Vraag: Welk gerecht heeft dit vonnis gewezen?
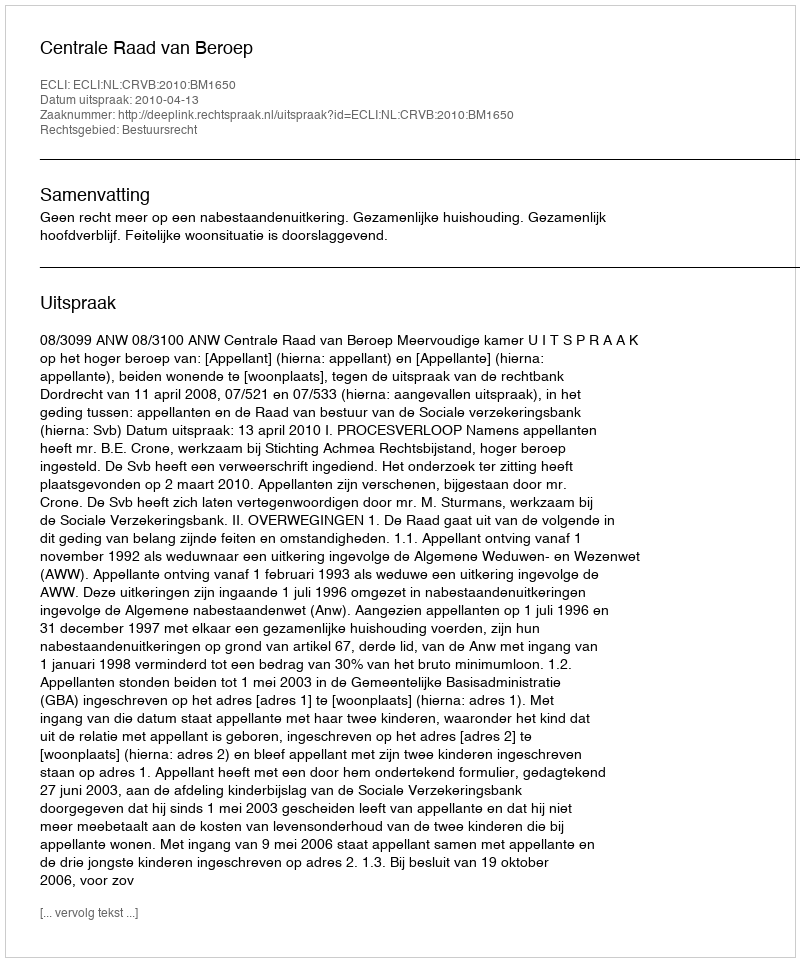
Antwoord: Centrale Raad van Beroep